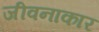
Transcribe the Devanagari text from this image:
जीवनाकार